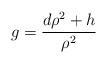
LaTeX: \begin{align*}g=\frac{d\rho^2+ h}{\rho^2}\end{align*}